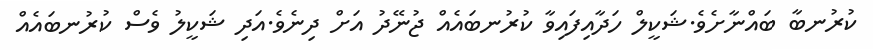
ކުރުނބާ ބައްނާށެވެ.ޝަކީލް ހަދާއިފައިވާ ކުރުނބައެއް ޖުނޭދު އަށް ދިނެވެ.އަދި ޝަކީލު ވެސް ކުރުނބައެއް